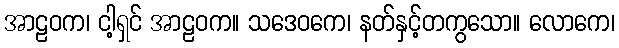
အာဠဝက၊ ငါ့ရှင် အာဠဝက။ သဒေဝကေ၊ နတ်နှင့်တကွသော။ လောကေ၊